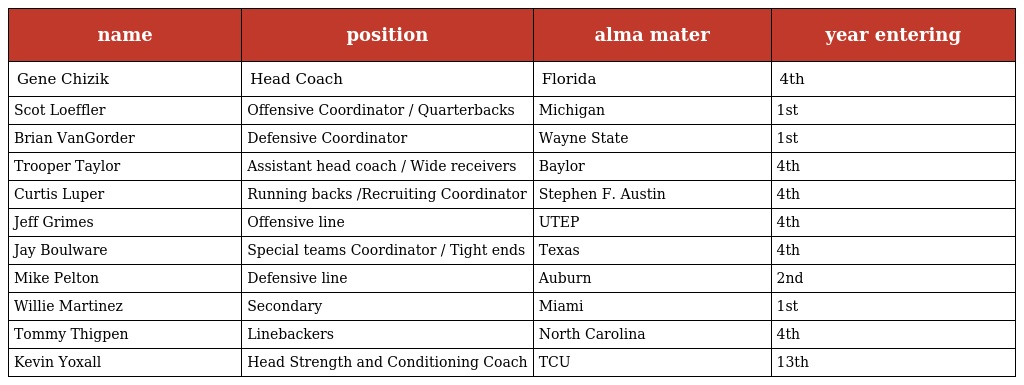
| name | position | alma mater | year entering |
 | --- | --- | --- | --- |
 | Gene Chizik | Head Coach | Florida | 4th |
 | Scot Loeffler | Offensive Coordinator / Quarterbacks | Michigan | 1st |
 | Brian VanGorder | Defensive Coordinator | Wayne State | 1st |
 | Trooper Taylor | Assistant head coach / Wide receivers | Baylor | 4th |
 | Curtis Luper | Running backs /Recruiting Coordinator | Stephen F. Austin | 4th |
 | Jeff Grimes | Offensive line | UTEP | 4th |
 | Jay Boulware | Special teams Coordinator / Tight ends | Texas | 4th |
 | Mike Pelton | Defensive line | Auburn | 2nd |
 | Willie Martinez | Secondary | Miami | 1st |
 | Tommy Thigpen | Linebackers | North Carolina | 4th |
 | Kevin Yoxall | Head Strength and Conditioning Coach | TCU | 13th |